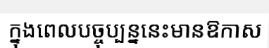
ក្នុងពេលបច្ចុប្បន្ននេះមានឱកាស